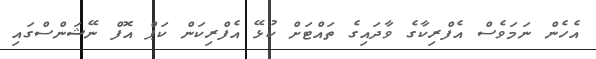
އެހެން ނަމަވެސް އެފްރިކާގެ ވާދައިގެ ތައްޓަށް ކުޅޭ އެފްރިކަން ކަޕް އޮފް ނޭޝަންސްގައި